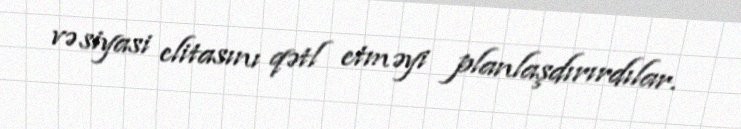
və siyasi elitasını qətl etməyi planlaşdırırdılar.